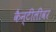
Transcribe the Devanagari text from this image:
कैन्टीलीवर